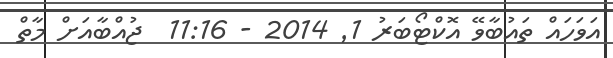
އަވަހައް ތައުބާވޭ އޮކްޓޯބަރު 1